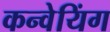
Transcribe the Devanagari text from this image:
कन्वेयिंग